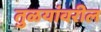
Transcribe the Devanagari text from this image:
तुळयांवरील